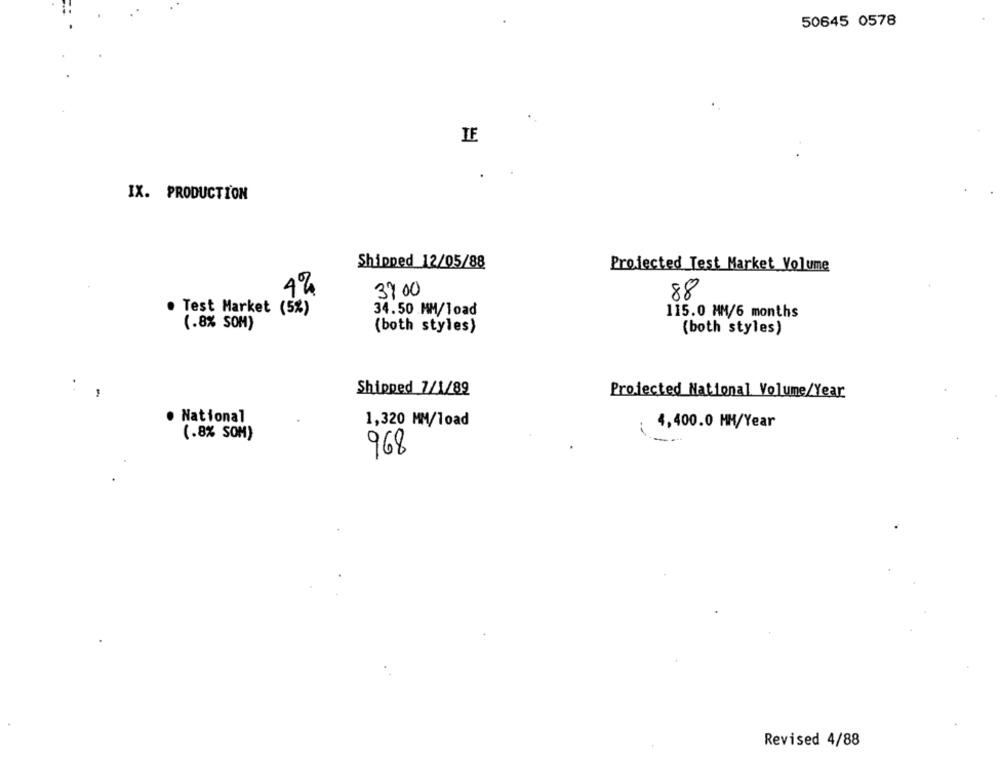
50645 0578
IF
IX. PRODUCTION
Shipped 12/05/88
Projected Test Market Volume
4%
37 00
88
. Test Market (5%)
34.50 MM/load
115.0 MM/6 months
(.8% SOM)
(both styles)
(both styles)
:
Shipped 7/1/89
Projected National Volume/Year
National
1,320 MM/load
4,400.0 MM/Year
(.8% SOM)
968
Revised 4/88